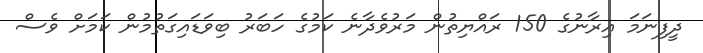
ދީފިނަމަ އިރާނުގެ 150 ރައްޔިތުން މަރުވެދާނެ ކަމުގެ ހަބަރު ބިވަޑައިގަތުމުން ކަމަށް ވެސް